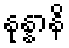
နုန္နာနိ